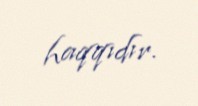
haqqıdır.